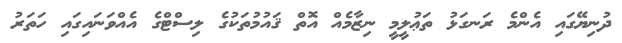
ދުނިޔޭގައި އެންމެ ރަނގަޅު ތަޢުލީމީ ނިޒާމެއް އޮތް ޤައުމުތަކުގެ ލިސްޓްގެ އެއްވަނައިގައި ހަތަރު